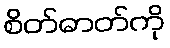
စိတ်ဓာတ်ကို